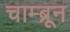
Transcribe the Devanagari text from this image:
चाम्ब्रून